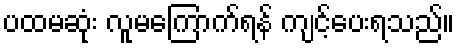
ပထမဆုံး လူမကြောက်ရန် ကျင့်ပေးရသည်။